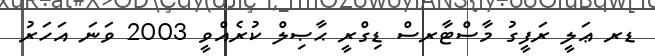
ޑރ ޢަލީ ރަފީގު މާސްޓާރސް ޑިގްރީ ޙާޞިލް ކުރެއްވީ 2003 ވަނަ އަހަރު